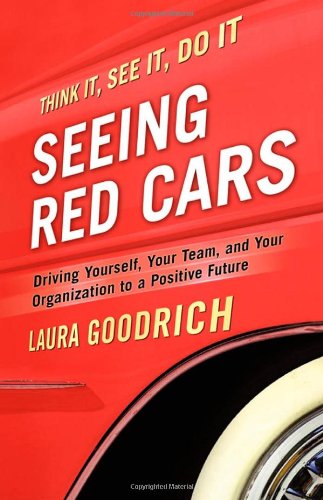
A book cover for Seeing Red Cars: Driving Yourself, Your Team, and Your Organization to a Positive Future; Laura Goodrich; Business & Money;